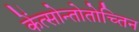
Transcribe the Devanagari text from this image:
केंत्सोन्तोतोच्तिन